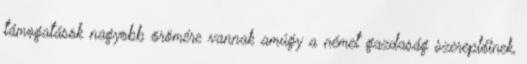
támogatások nagyobb örömére vannak amúgy a német gazdaság szereplőinek,